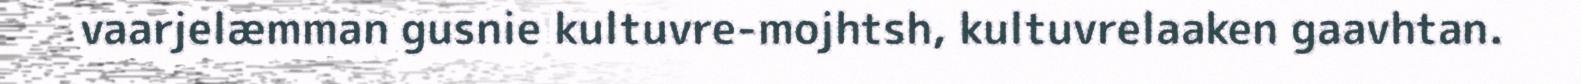
vaarjelæmman gusnie kultuvre-mojhtsh, kultuvrelaaken gaavhtan.